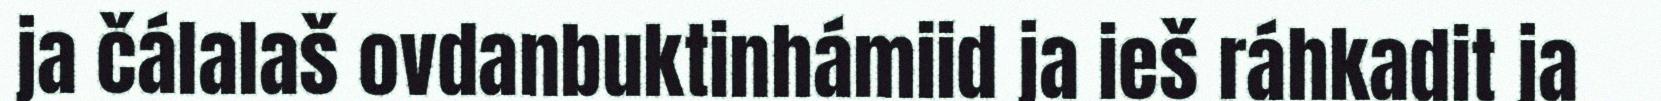
ja čálalaš ovdanbuktinhámiid ja ieš ráhkadit ja